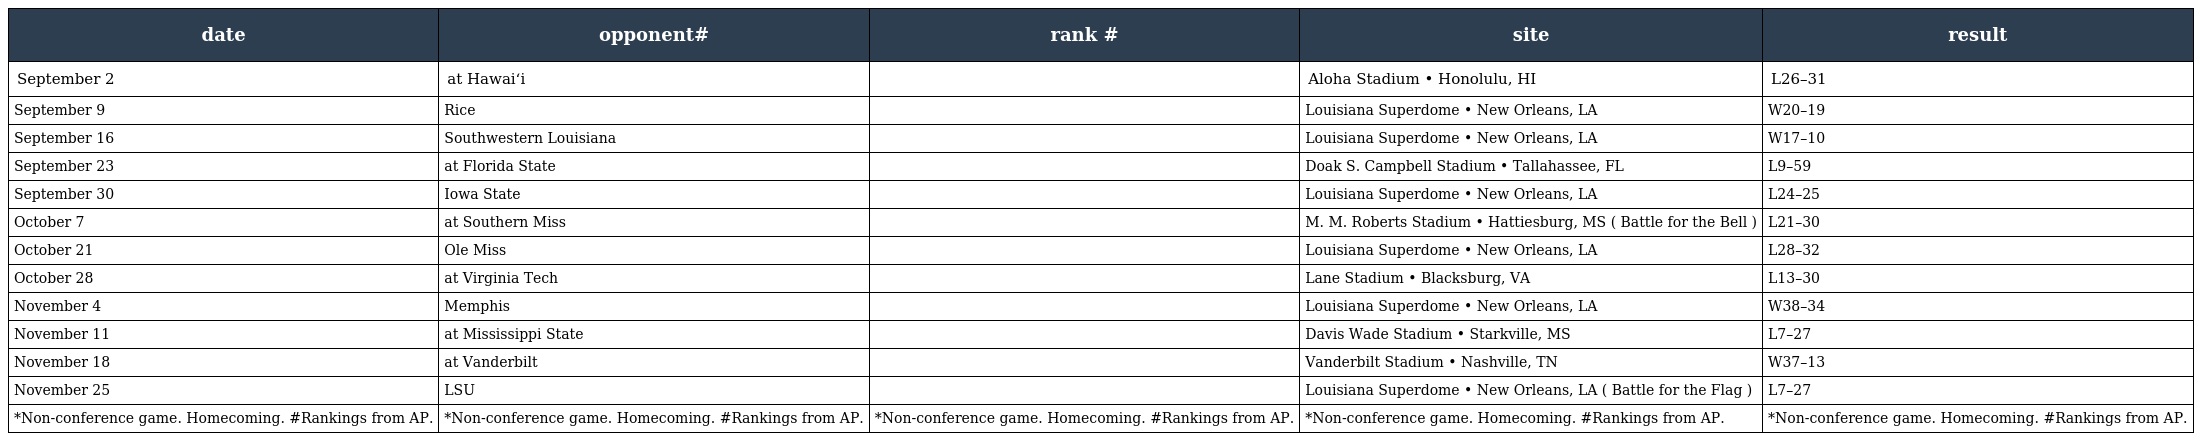
| date | opponent# | rank # | site | result |
 | --- | --- | --- | --- | --- |
 | September 2 | at Hawaiʻi |  | Aloha Stadium • Honolulu, HI | L26–31 |
 | September 9 | Rice |  | Louisiana Superdome • New Orleans, LA | W20–19 |
 | September 16 | Southwestern Louisiana |  | Louisiana Superdome • New Orleans, LA | W17–10 |
 | September 23 | at Florida State |  | Doak S. Campbell Stadium • Tallahassee, FL | L9–59 |
 | September 30 | Iowa State |  | Louisiana Superdome • New Orleans, LA | L24–25 |
 | October 7 | at Southern Miss |  | M. M. Roberts Stadium • Hattiesburg, MS ( Battle for the Bell ) | L21–30 |
 | October 21 | Ole Miss |  | Louisiana Superdome • New Orleans, LA | L28–32 |
 | October 28 | at Virginia Tech |  | Lane Stadium • Blacksburg, VA | L13–30 |
 | November 4 | Memphis |  | Louisiana Superdome • New Orleans, LA | W38–34 |
 | November 11 | at Mississippi State |  | Davis Wade Stadium • Starkville, MS | L7–27 |
 | November 18 | at Vanderbilt |  | Vanderbilt Stadium • Nashville, TN | W37–13 |
 | November 25 | LSU |  | Louisiana Superdome • New Orleans, LA ( Battle for the Flag ) | L7–27 |
 | *Non-conference game. Homecoming. #Rankings from AP. | *Non-conference game. Homecoming. #Rankings from AP. | *Non-conference game. Homecoming. #Rankings from AP. | *Non-conference game. Homecoming. #Rankings from AP. | *Non-conference game. Homecoming. #Rankings from AP. |